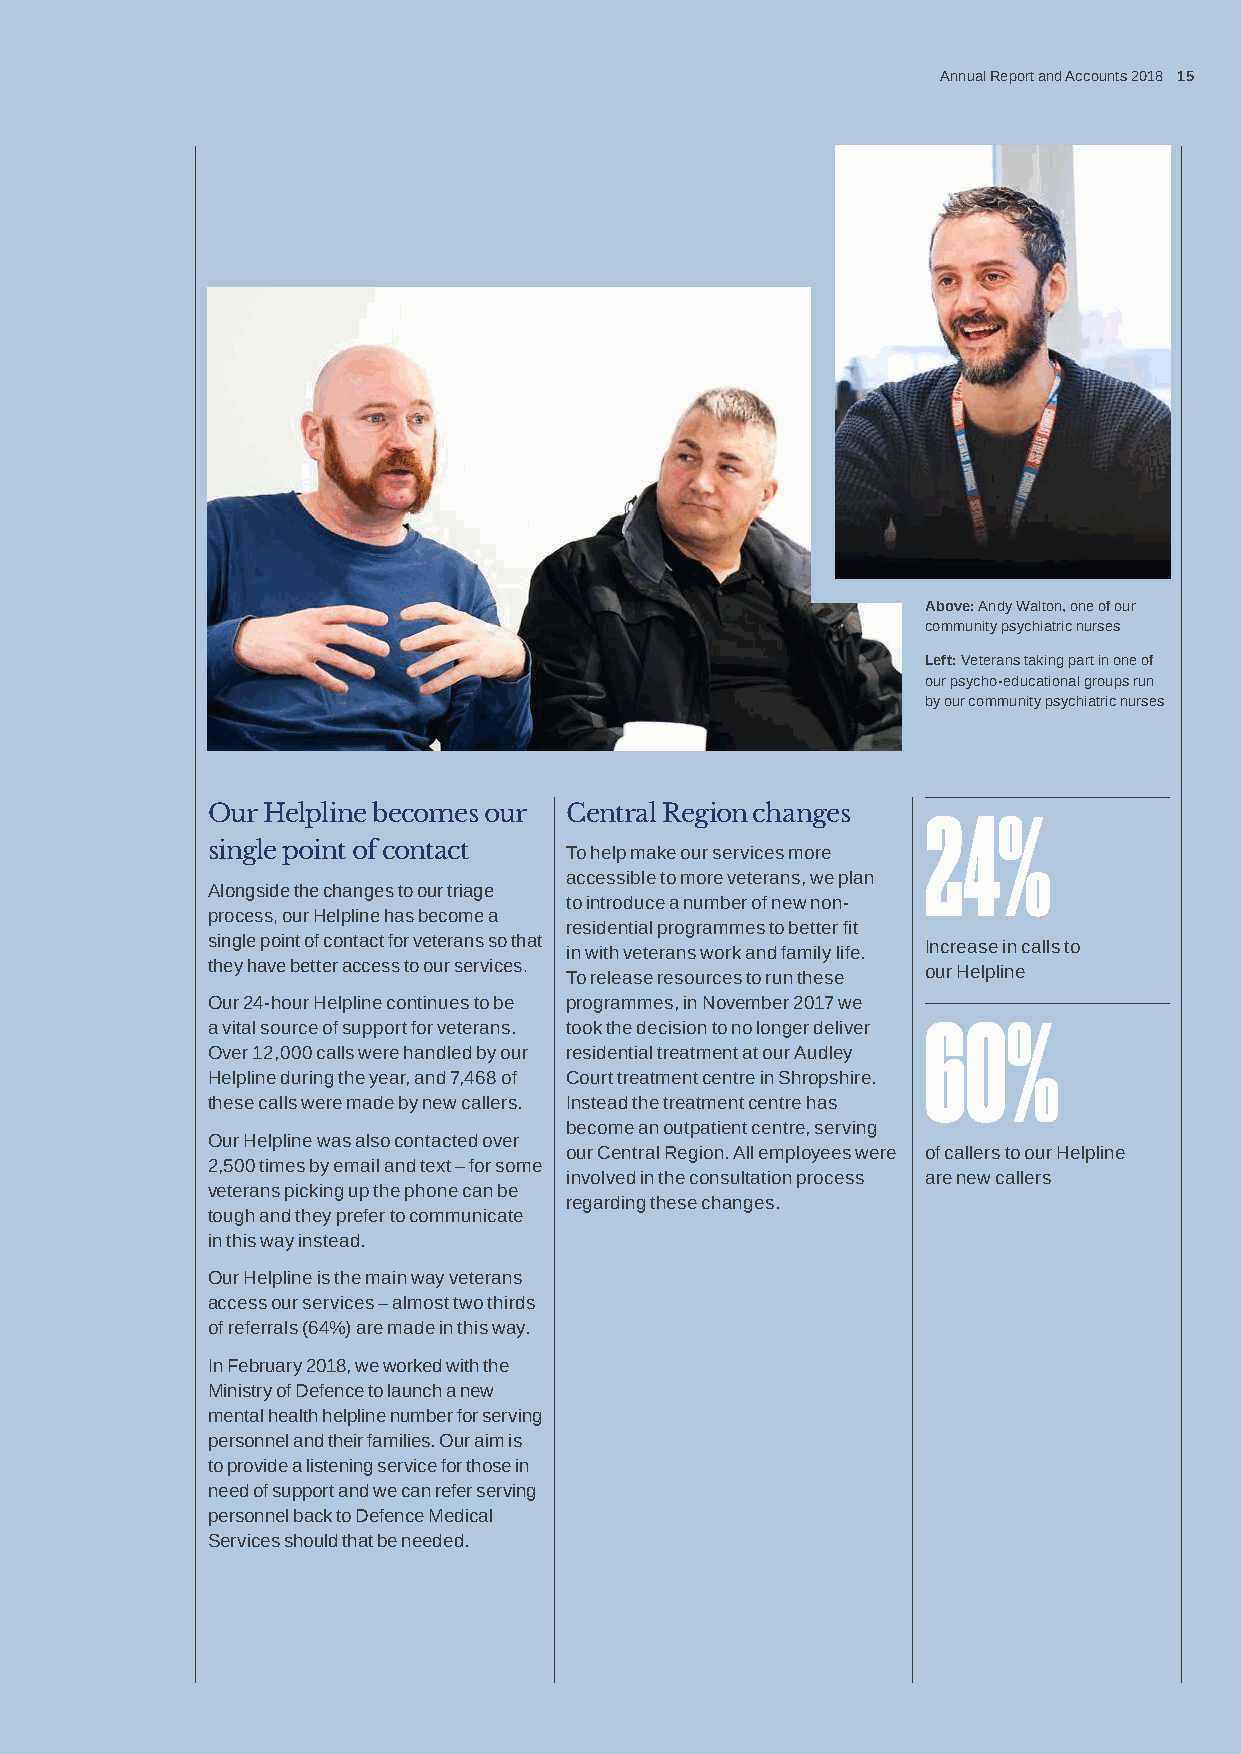
Annual Report and Accounts 2018 15
 Above: Andy Walton, one of our
 community psychiatric nurses
 Left: Veterans taking part in one of
 our psycho-educational groups run
 by our community psychiatric nurses
 Our Helpline becomes our Central Region changes
 24%
 single point of contact To help make our services more
 accessible to more veterans, we plan
 Alongside the changes to our triage
 to introduce a number of new non-
 process, our Helpline has become a
 residential programmes to better fit
 single point of contact for veterans so that
 in with veterans work and family life. Increase in calls to
 they have better access to our services.
 To release resources to run these our Helpline
 Our 24-hour Helpline continues to be programmes, in November 2017 we
 a vital source of support for veterans. took the decision to no longer deliver 60%
 Over 12,000 calls were handled by our residential treatment at our Audley
 Helpline during the year, and 7,468 of Court treatment centre in Shropshire.
 these calls were made by new callers. Instead the treatment centre has
 become an outpatient centre, serving
 Our Helpline was also contacted over
 our Central Region. All employees were of callers to our Helpline
 2,500 times by email and text – for some
 involved in the consultation process are new callers
 veterans picking up the phone can be
 regarding these changes.
 tough and they prefer to communicate
 in this way instead.
 Our Helpline is the main way veterans
 access our services – almost two thirds
 of referrals (64%) are made in this way.
 In February 2018, we worked with the
 Ministry of Defence to launch a new
 mental health helpline number for serving
 personnel and their families. Our aim is
 to provide a listening service for those in
 need of support and we can refer serving
 personnel back to Defence Medical
 Services should that be needed.